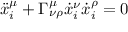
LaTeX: \ddot { x } _ { i } ^ { \mu } + \Gamma _ { \nu \rho } ^ { \mu } \dot { x } _ { i } ^ { \nu } \dot { x } _ { i } ^ { \rho } = 0